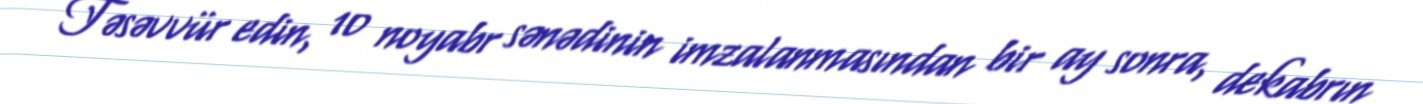
Təsəvvür edin, 10 noyabr sənədinin imzalanmasından bir ay sonra, dekabrın